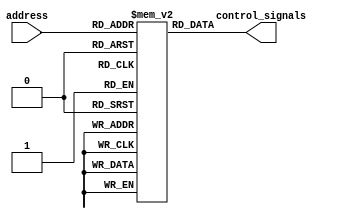
module control_store(
    input [11:0] address,
    output [18:0] control_signals
);

reg [18:0] rom[0:8000];

assign control_signals = rom[address];
initial begin
    // LUI
    rom[12'b011011100000] = 19'b0011110100000000001;
    rom[12'b011011100001] = 19'b0011110100000000001;
    rom[12'b011011100010] = 19'b0011110100000000001;
    rom[12'b011011100011] = 19'b0011110100000000001;
    rom[12'b011011100100] = 19'b0011110100000000001;
    rom[12'b011011100101] = 19'b0011110100000000001;
    rom[12'b011011100110] = 19'b0011110100000000001;
    rom[12'b011011100111] = 19'b0011110100000000001;
    rom[12'b011011101000] = 19'b0011110100000000001;
    rom[12'b011011101001] = 19'b0011110100000000001;
    rom[12'b011011101010] = 19'b0011110100000000001;
    rom[12'b011011101011] = 19'b0011110100000000001;
    rom[12'b011011101100] = 19'b0011110100000000001;
    rom[12'b011011101101] = 19'b0011110100000000001;
    rom[12'b011011101110] = 19'b0011110100000000001;
    rom[12'b011011101111] = 19'b0011110100000000001;
    rom[12'b011011110000] = 19'b0011110100000000001;
    rom[12'b011011110001] = 19'b0011110100000000001;
    rom[12'b011011110010] = 19'b0011110100000000001;
    rom[12'b011011110011] = 19'b0011110100000000001;
    rom[12'b011011110100] = 19'b0011110100000000001;
    rom[12'b011011110101] = 19'b0011110100000000001;
    rom[12'b011011110110] = 19'b0011110100000000001;
    rom[12'b011011110111] = 19'b0011110100000000001;
    rom[12'b011011111000] = 19'b0011110100000000001;
    rom[12'b011011111001] = 19'b0011110100000000001;
    rom[12'b011011111010] = 19'b0011110100000000001;
    rom[12'b011011111011] = 19'b0011110100000000001;
    rom[12'b011011111100] = 19'b0011110100000000001;
    rom[12'b011011111101] = 19'b0011110100000000001;
    rom[12'b011011111110] = 19'b0011110100000000001;
    rom[12'b011011111111] = 19'b0011110100000000001;
    // AUIPC
    rom[12'b001011100000] = 19'b0011110110000000001;
    rom[12'b001011100001] = 19'b0011110110000000001;
    rom[12'b001011100010] = 19'b0011110110000000001;
    rom[12'b001011100011] = 19'b0011110110000000001;
    rom[12'b001011100100] = 19'b0011110110000000001;
    rom[12'b001011100101] = 19'b0011110110000000001;
    rom[12'b001011100110] = 19'b0011110110000000001;
    rom[12'b001011100111] = 19'b0011110110000000001;
    rom[12'b001011101000] = 19'b0011110110000000001;
    rom[12'b001011101001] = 19'b0011110110000000001;
    rom[12'b001011101010] = 19'b0011110110000000001;
    rom[12'b001011101011] = 19'b0011110110000000001;
    rom[12'b001011101100] = 19'b0011110110000000001;
    rom[12'b001011101101] = 19'b0011110110000000001;
    rom[12'b001011101110] = 19'b0011110110000000001;
    rom[12'b001011101111] = 19'b0011110110000000001;
    rom[12'b001011110000] = 19'b0011110110000000001;
    rom[12'b001011110001] = 19'b0011110110000000001;
    rom[12'b001011110010] = 19'b0011110110000000001;
    rom[12'b001011110011] = 19'b0011110110000000001;
    rom[12'b001011110100] = 19'b0011110110000000001;
    rom[12'b001011110101] = 19'b0011110110000000001;
    rom[12'b001011110110] = 19'b0011110110000000001;
    rom[12'b001011110111] = 19'b0011110110000000001;
    rom[12'b001011111000] = 19'b0011110110000000001;
    rom[12'b001011111001] = 19'b0011110110000000001;
    rom[12'b001011111010] = 19'b0011110110000000001;
    rom[12'b001011111011] = 19'b0011110110000000001;
    rom[12'b001011111100] = 19'b0011110110000000001;
    rom[12'b001011111101] = 19'b0011110110000000001;
    rom[12'b001011111110] = 19'b0011110110000000001;
    rom[12'b001011111111] = 19'b0011110110000000001;
    // JAL
    rom[12'b110111100000] = 19'b0011011000000000001;
    rom[12'b110111100001] = 19'b0011011000000000001;
    rom[12'b110111100010] = 19'b0011011000000000001;
    rom[12'b110111100011] = 19'b0011011000000000001;
    rom[12'b110111100100] = 19'b0011011000000000001;
    rom[12'b110111100101] = 19'b0011011000000000001;
    rom[12'b110111100110] = 19'b0011011000000000001;
    rom[12'b110111100111] = 19'b0011011000000000001;
    rom[12'b110111101000] = 19'b0011011000000000001;
    rom[12'b110111101001] = 19'b0011011000000000001;
    rom[12'b110111101010] = 19'b0011011000000000001;
    rom[12'b110111101011] = 19'b0011011000000000001;
    rom[12'b110111101100] = 19'b0011011000000000001;
    rom[12'b110111101101] = 19'b0011011000000000001;
    rom[12'b110111101110] = 19'b0011011000000000001;
    rom[12'b110111101111] = 19'b0011011000000000001;
    rom[12'b110111110000] = 19'b0011011000000000001;
    rom[12'b110111110001] = 19'b0011011000000000001;
    rom[12'b110111110010] = 19'b0011011000000000001;
    rom[12'b110111110011] = 19'b0011011000000000001;
    rom[12'b110111110100] = 19'b0011011000000000001;
    rom[12'b110111110101] = 19'b0011011000000000001;
    rom[12'b110111110110] = 19'b0011011000000000001;
    rom[12'b110111110111] = 19'b0011011000000000001;
    rom[12'b110111111000] = 19'b0011011000000000001;
    rom[12'b110111111001] = 19'b0011011000000000001;
    rom[12'b110111111010] = 19'b0011011000000000001;
    rom[12'b110111111011] = 19'b0011011000000000001;
    rom[12'b110111111100] = 19'b0011011000000000001;
    rom[12'b110111111101] = 19'b0011011000000000001;
    rom[12'b110111111110] = 19'b0011011000000000001;
    rom[12'b110111111111] = 19'b0011011000000000001;
    // JALR
    rom[12'b110011100000] = 19'b0011011000000000001;
    rom[12'b110011100001] = 19'b0011011000000000001;
    rom[12'b110011100010] = 19'b0011011000000000001;
    rom[12'b110011100011] = 19'b0011011000000000001;
    // BEQ
    rom[12'b110001100000] = 19'b0011111010000000000;
    rom[12'b110001100001] = 19'b0011111010000000000;
    rom[12'b110001100010] = 19'b0011111010000000000;
    rom[12'b110001100011] = 19'b0011111010000000000;
    // BNE
    rom[12'b110001100100] = 19'b0011111010000000000;
    rom[12'b110001100101] = 19'b0011111010000000000;
    rom[12'b110001100110] = 19'b0011111010000000000;
    rom[12'b110001100111] = 19'b0011111010000000000;
    // BLT
    rom[12'b110001110000] = 19'b0011111010000000000;
    rom[12'b110001110001] = 19'b0011111010000000000;
    rom[12'b110001110010] = 19'b0011111010000000000;
    rom[12'b110001110011] = 19'b0011111010000000000;
    // BGE
    rom[12'b110001110100] = 19'b0011111010000000000;
    rom[12'b110001110101] = 19'b0011111010000000000;
    rom[12'b110001110110] = 19'b0011111010000000000;
    rom[12'b110001110111] = 19'b0011111010000000000;
    // BLTU
    rom[12'b110001111000] = 19'b0011111010000000000;
    rom[12'b110001111001] = 19'b0011111010000000000;
    rom[12'b110001111010] = 19'b0011111010000000000;
    rom[12'b110001111011] = 19'b0011111010000000000;
    // BGEU
    rom[12'b110001111100] = 19'b0011111010000000000;
    rom[12'b110001111101] = 19'b0011111010000000000;
    rom[12'b110001111110] = 19'b0011111010000000000;
    rom[12'b110001111111] = 19'b0011111010000000000;
    // LB
    rom[12'b000001100000] = 19'b0011111010000000011;
    rom[12'b000001100001] = 19'b0011111010000000011;
    rom[12'b000001100010] = 19'b0011111010000000011;
    rom[12'b000001100011] = 19'b0011111010000000011;
    // LH
    rom[12'b000001100100] = 19'b0011111010000000111;
    rom[12'b000001100101] = 19'b0011111010000000111;
    rom[12'b000001100110] = 19'b0011111010000000111;
    rom[12'b000001100111] = 19'b0011111010000000111;
    // LW
    rom[12'b000001101000] = 19'b0011111010000001011;
    rom[12'b000001101001] = 19'b0011111010000001011;
    rom[12'b000001101010] = 19'b0011111010000001011;
    rom[12'b000001101011] = 19'b0011111010000001011;
    // LBU
    rom[12'b000001110000] = 19'b0011111010000001111;
    rom[12'b000001110001] = 19'b0011111010000001111;
    rom[12'b000001110010] = 19'b0011111010000001111;
    rom[12'b000001110011] = 19'b0011111010000001111;
    // LHU
    rom[12'b000001110100] = 19'b0011111010000010011;
    rom[12'b000001110101] = 19'b0011111010000010011;
    rom[12'b000001110110] = 19'b0011111010000010011;
    rom[12'b000001110111] = 19'b0011111010000010011;
    // SB
    rom[12'b010001100000] = 19'b0011110100000100000;
    rom[12'b010001100001] = 19'b0011110100000100000;
    rom[12'b010001100010] = 19'b0011110100000100000;
    rom[12'b010001100011] = 19'b0011110100000100000;
    // SH
    rom[12'b010001100100] = 19'b0011110100000100000;
    rom[12'b010001100101] = 19'b0011110100000100000;
    rom[12'b010001100110] = 19'b0011110100000100000;
    rom[12'b010001100111] = 19'b0011110100000100000;
    // SW
    rom[12'b010001101000] = 19'b0011110100000100000;
    rom[12'b010001101001] = 19'b0011110100000100000;
    rom[12'b010001101010] = 19'b0011110100000100000;
    rom[12'b010001101011] = 19'b0011110100000100000;
    // ADDI
    rom[12'b001001100000] = 19'b0011100000000000001;
    rom[12'b001001100001] = 19'b0011100000000000001;
    rom[12'b001001100010] = 19'b0011100000000000001;
    rom[12'b001001100011] = 19'b0011100000000000001;
    // SLTI
    rom[12'b001001101000] = 19'b0011100110000000001;
    rom[12'b001001101001] = 19'b0011100110000000001;
    rom[12'b001001101010] = 19'b0011100110000000001;
    rom[12'b001001101011] = 19'b0011100110000000001;
    // SLTIU
    rom[12'b001001101100] = 19'b0011101000000000001;
    rom[12'b001001101101] = 19'b0011101000000000001;
    rom[12'b001001101110] = 19'b0011101000000000001;
    rom[12'b001001101111] = 19'b0011101000000000001;
    // XORI
    rom[12'b001001110000] = 19'b0011101010000000001;
    rom[12'b001001110001] = 19'b0011101010000000001;
    rom[12'b001001110010] = 19'b0011101010000000001;
    rom[12'b001001110011] = 19'b0011101010000000001;
    // ORI
    rom[12'b001001111000] = 19'b0011110000000000001;
    rom[12'b001001111001] = 19'b0011110000000000001;
    rom[12'b001001111010] = 19'b0011110000000000001;
    rom[12'b001001111011] = 19'b0011110000000000001;
    // ANDI
    rom[12'b001001111100] = 19'b0011110010000000001;
    rom[12'b001001111101] = 19'b0011110010000000001;
    rom[12'b001001111110] = 19'b0011110010000000001;
    rom[12'b001001111111] = 19'b0011110010000000001;
    // SLLI
    rom[12'b001001100100] = 19'b0011100100000000001;
    // SRLI
    rom[12'b001001110100] = 19'b0011101100000000001;
    // SRAI
    rom[12'b001001110110] = 19'b0011101110000000001;
    // ADD
    rom[12'b011001100000] = 19'b0011100000000000001;
    // SUB
    rom[12'b011001100010] = 19'b0011100010000000001;
    // SLL
    rom[12'b011001100100] = 19'b0011100100000000001;
    // SLT
    rom[12'b011001101000] = 19'b0011100110000000001;
    // SLTU
    rom[12'b011001101100] = 19'b0011101000000000001;
    // XOR
    rom[12'b011001110000] = 19'b0011101010000000001;
    // SRL
    rom[12'b011001110100] = 19'b0011101100000000001;
    // SRA
    rom[12'b011001110110] = 19'b0011101110000000001;
    // OR
    rom[12'b011001111000] = 19'b0011110000000000001;
    // AND
    rom[12'b011001111100] = 19'b0011110010000000001;
    // LWU
    rom[12'b000001111000] = 19'b0011111010000010111;
    rom[12'b000001111001] = 19'b0011111010000010111;
    rom[12'b000001111010] = 19'b0011111010000010111;
    rom[12'b000001111011] = 19'b0011111010000010111;
    // LD
    rom[12'b000001101100] = 19'b0011111010000011011;
    rom[12'b000001101101] = 19'b0011111010000011011;
    rom[12'b000001101110] = 19'b0011111010000011011;
    rom[12'b000001101111] = 19'b0011111010000011011;
    // SD
    rom[12'b010001101100] = 19'b0011110100000100000;
    rom[12'b010001101101] = 19'b0011110100000100000;
    rom[12'b010001101110] = 19'b0011110100000100000;
    rom[12'b010001101111] = 19'b0011110100000100000;
    // ADDIW
    rom[12'b001101100000] = 19'b0111100000000000001;
    rom[12'b001101100001] = 19'b0111100000000000001;
    rom[12'b001101100010] = 19'b0111100000000000001;
    rom[12'b001101100011] = 19'b0111100000000000001;
    // SLLIW
    rom[12'b001101100100] = 19'b0111100100000000001;
    // SRLIW
    rom[12'b001101110100] = 19'b0111101100000000001;
    // SRAIW
    rom[12'b001101110110] = 19'b0111101110000000001;
    // ADDW
    rom[12'b011101100000] = 19'b0111100000000000001;
    // SUBW
    rom[12'b011101100010] = 19'b0111100010000000001;
    // SLLW
    rom[12'b011101100100] = 19'b0111100100000000001;
    // SRLW
    rom[12'b011101110100] = 19'b0111101100000000001;
    // SRAW
    rom[12'b011101110110] = 19'b0111101110000000001;
    // MUL
    rom[12'b011001100001] = 19'b0011111011000000001;
    // MULH
    rom[12'b011001100101] = 19'b0011111011001000001;
    // MULHSU
    rom[12'b011001101001] = 19'b0011111011010000001;
    // MULHU
    rom[12'b011001101101] = 19'b0011111011011000001;
    // DIV
    rom[12'b011001110001] = 19'b0011111011100000001;
    // DIVU
    rom[12'b011001110101] = 19'b0011111011101000001;
    // REM
    rom[12'b011001111001] = 19'b0011111011110000001;
    // REMU
    rom[12'b011001111101] = 19'b0011111011101000001;
    // MULW
    rom[12'b011101100001] = 19'b0111111011000000001;
    // DIVW
    rom[12'b011101110001] = 19'b0111111011100000001;
    // DIVUW
    rom[12'b011101110101] = 19'b1111111011101000001;
    // REMW
    rom[12'b011101111001] = 19'b0111111011110000001;
    // REMUW
    rom[12'b011101111101] = 19'b1111111011111000001;
end
endmodule